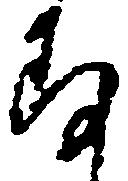
存